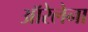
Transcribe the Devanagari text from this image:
ऑरेलेना